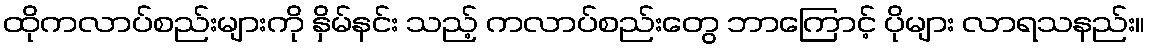
ထိုကလာပ်စည်းများကို နှိမ်နင်း သည့် ကလာပ်စည်းတွေ ဘာကြောင့် ပိုများ လာရသနည်း။